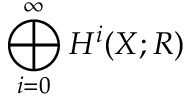
\bigoplus _ { i = 0 } ^ { \infty } H ^ { i } ( X ; R )